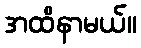
အထိနာမယ်။